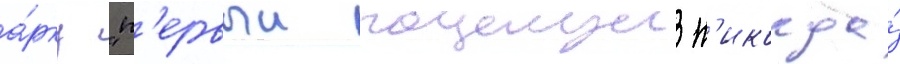
а́рку "п'ервыи поцелуи н'икогда́